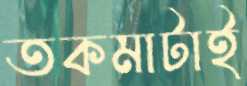
তকমাটাই